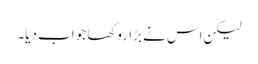
لیکن اس نے بڑا روکھا جواب دیا۔